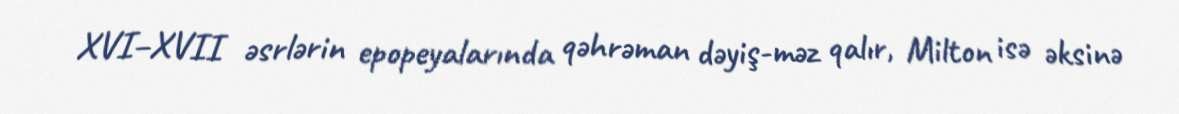
XVI–XVII əsrlərin epopeyalarında qəhrəman dəyiş-məz qalır, Milton isə əksinə